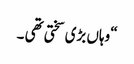
“ وہاں بڑی سختی تھی ۔